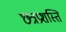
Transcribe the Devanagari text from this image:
छत्रप्रशस्ति